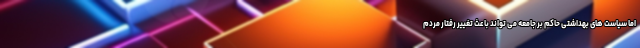
اما سیاست های بهداشتی حاکم بر جامعه می تواند باعث تغییر رفتار مردم